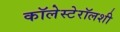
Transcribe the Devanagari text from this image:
कॉलेस्टेरॉलशी